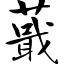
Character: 蕺